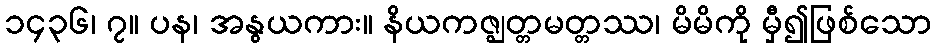
၁၄၃၆၊ ၇။ ပန၊ အနွယကား။ နိယကဇ္ဈတ္တမတ္တဿ၊ မိမိကို မှီ၍ဖြစ်သော